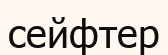
сейфтер